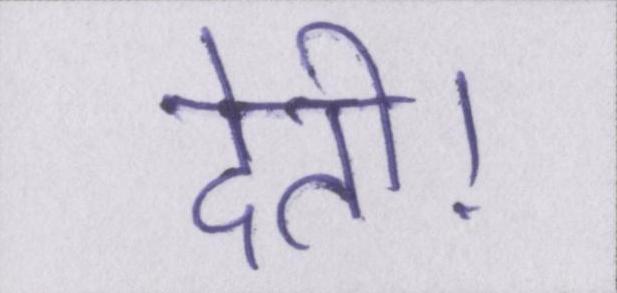
देती।